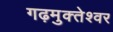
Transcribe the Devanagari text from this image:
गढ़मुक्‍तेश्‍वर